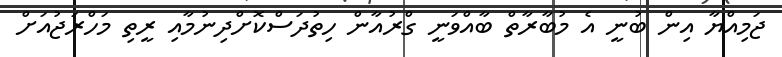
ޖަމިއްޔާ އިން ބުނީ އެ މުބާރާތް ބާއްވަނީ ގްރުއާން ހިތުދަސްކޮށްދިނުމާއި ރީތި މަހްރަޖުއަށް